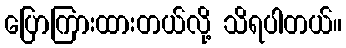
ပြောကြားထားတယ်လို့ သိရပါတယ်။